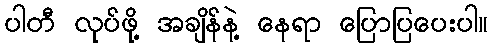
ပါတီ လုပ်ဖို့ အချိန်နဲ့ နေရာ ပြောပြပေးပါ။